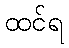
ထင်ရ